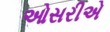
ઓસરીએ